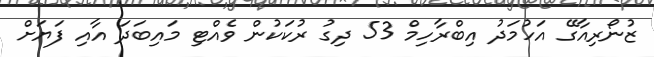
ޒުނޯރިިއާގޭ އަހުމަދު އިބްރާހިމް 53 ދިގު ރުކަކުން ވެއްޓި މައިބަދަ އާއި ފަޔަށް